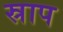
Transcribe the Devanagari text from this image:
स्राप